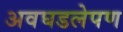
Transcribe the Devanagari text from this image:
अवघडलेपण